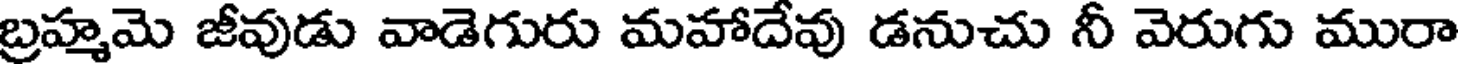
బ్రహ్మమె జీవుడు వాడెగురు మహాదేవు డనుచు నీ వెరుగు మురా